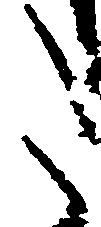
た